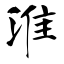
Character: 淮